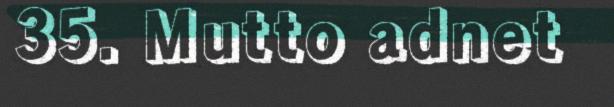
35. Mutto adnet